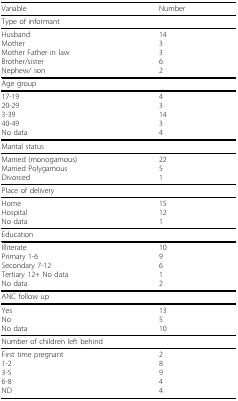
<table><thead><tr><td><b>Variable</b></td><td><b>Number</b></td></tr></thead><tbody><tr><td>Type of informant</td><td></td></tr><tr><td>HusbandMotherMother Father in lawBrother/sisterNephew/ son</td><td>143362</td></tr><tr><td>Age group</td><td></td></tr><tr><td>17-1920-293-3940-49No data</td><td>431434</td></tr><tr><td>Marital status</td><td></td></tr><tr><td>Married (monogamous)Married PolygamousDivorced</td><td>2251</td></tr><tr><td>Place of delivery</td><td></td></tr><tr><td>HomeHospitalNo data</td><td>15121</td></tr><tr><td>Education</td><td></td></tr><tr><td>IlliteratePrimary 1-6Secondary 7-12Tertiary 12+ No dataNo data</td><td>109612</td></tr><tr><td>ANC follow up</td><td></td></tr><tr><td>YesNoNo data</td><td>13510</td></tr><tr><td>Number of children left behind</td><td></td></tr><tr><td>First time pregnant1-23-56-8ND</td><td>28944</td></tr></tbody></table>